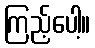
ကြည့်ပေါ့။